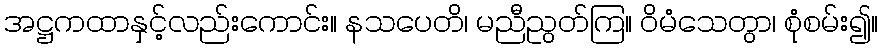
အဋ္ဌကထာနှင့်လည်းကောင်း။ နသပေတိ၊ မညီညွတ်ကြ။ ဝိမံသေတွာ၊ စုံစမ်း၍။